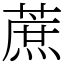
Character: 蔗